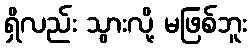
ရှိလည်း သွားလို့ မဖြစ်ဘူး